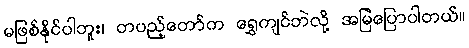
မဖြစ်နိုင်ပါဘူး၊ တပည့်တော်က ရွှေကျင်ဘဲလို့ အမြဲပြောပါတယ်။